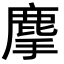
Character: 𪊗